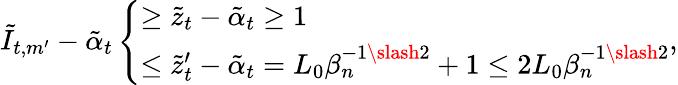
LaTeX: \tilde{I}_{t,m^{\prime}}-\tilde{\alpha}_{t}\left\{ \begin{array}{ll}{\geq\tilde{z}_{t}-\tilde{\alpha}_{t}\geq 1}\\ {\leq\tilde{z}_{t}^{\prime}-\tilde{\alpha}_{t}=L_{0}\beta_{n}^{-1\slash 2}+1\leq 2L_{0}\beta_{n}^{-1\slash 2}}\end{array}\right.,